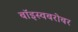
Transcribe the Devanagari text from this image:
बॉइस्वबरोबर